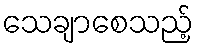
သေချာစေသည့်